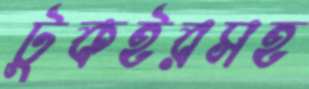
টুকইরসহ